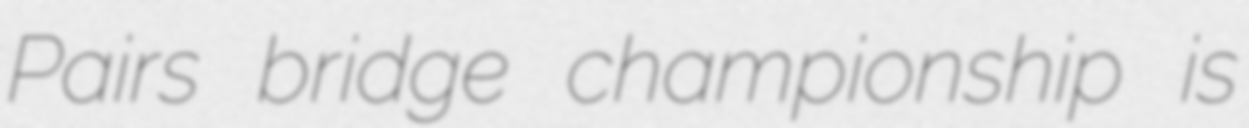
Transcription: Pairs bridge championship is